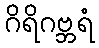
ဂိရိဂဗ္ဘရံ